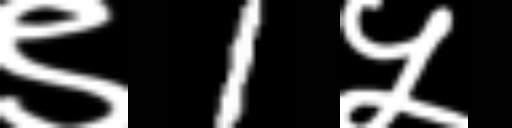
Text: ९1५